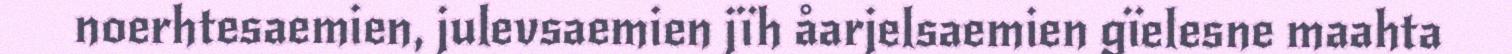
noerhtesaemien, julevsaemien jïh åarjelsaemien gïelesne maahta